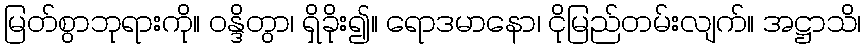
မြတ်စွာဘုရားကို။ ဝန္ဒိတွာ၊ ရှိခိုး၍။ ရောဒမာနော၊ ငိုမြည်တမ်းလျက်။ အဋ္ဌာသိ၊